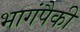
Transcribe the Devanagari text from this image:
भागंपैकी